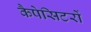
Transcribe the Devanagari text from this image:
कैपेसिटरों